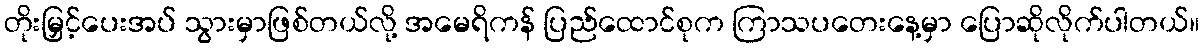
တိုးမြှင့်ပေးအပ် သွားမှာဖြစ်တယ်လို့ အမေရိကန် ပြည်ထောင်စုက ကြာသပတေးနေ့မှာ ပြောဆိုလိုက်ပါတယ်။